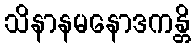
သိနာနမနောဒကန္တိ